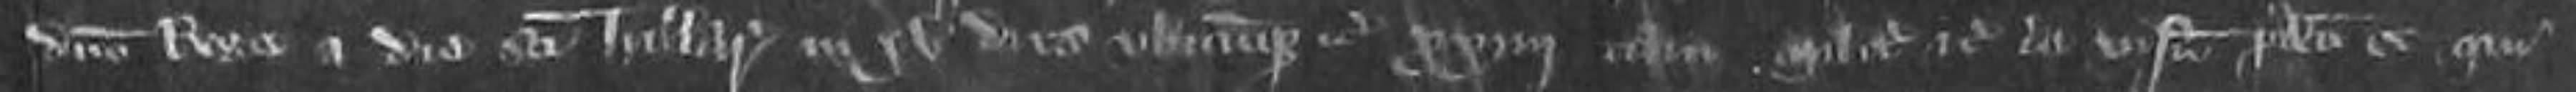
domino Rege a die Sancti Hillarie in xv dies ubicum que etc. xxiiii tam milites etc de visnu predicto et qui